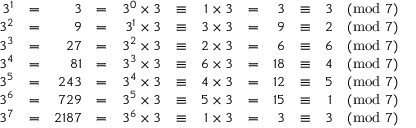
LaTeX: \begin{array} { r c r c r c r c r c r } { 3 ^ { 1 } } & { = } & { 3 } & { = } & { 3 ^ { 0 } \times 3 } & { \equiv } & { 1 \times 3 } & { = } & { 3 } & { \equiv } & { 3 { \pmod { 7 } } } \\ { 3 ^ { 2 } } & { = } & { 9 } & { = } & { 3 ^ { 1 } \times 3 } & { \equiv } & { 3 \times 3 } & { = } & { 9 } & { \equiv } & { 2 { \pmod { 7 } } } \\ { 3 ^ { 3 } } & { = } & { 2 7 } & { = } & { 3 ^ { 2 } \times 3 } & { \equiv } & { 2 \times 3 } & { = } & { 6 } & { \equiv } & { 6 { \pmod { 7 } } } \\ { 3 ^ { 4 } } & { = } & { 8 1 } & { = } & { 3 ^ { 3 } \times 3 } & { \equiv } & { 6 \times 3 } & { = } & { 1 8 } & { \equiv } & { 4 { \pmod { 7 } } } \\ { 3 ^ { 5 } } & { = } & { 2 4 3 } & { = } & { 3 ^ { 4 } \times 3 } & { \equiv } & { 4 \times 3 } & { = } & { 1 2 } & { \equiv } & { 5 { \pmod { 7 } } } \\ { 3 ^ { 6 } } & { = } & { 7 2 9 } & { = } & { 3 ^ { 5 } \times 3 } & { \equiv } & { 5 \times 3 } & { = } & { 1 5 } & { \equiv } & { 1 { \pmod { 7 } } } \\ { 3 ^ { 7 } } & { = } & { 2 1 8 7 } & { = } & { 3 ^ { 6 } \times 3 } & { \equiv } & { 1 \times 3 } & { = } & { 3 } & { \equiv } & { 3 { \pmod { 7 } } } \end{array}